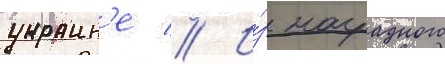
украин'е // И́з наградного